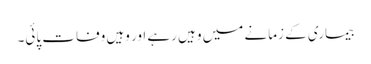
بیماری کے زمانے میں وہیں رہے اور وہیں وفات پائی۔